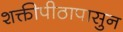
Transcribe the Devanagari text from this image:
शक्तीपीठापासुन